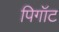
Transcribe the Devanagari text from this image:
पिगॉट